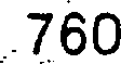
760